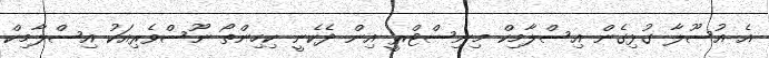
އެ އުސޫލާ ގުޅިގެން އިސްލާމިކް މިނިސްޓްރީ އިން ދެކެނީ ކިހިންތޯ ނޫސްވެރިއަކު އިސްލާމިކް